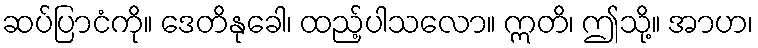
ဆပ်ပြာငံကို။ ဒေတိနုခေါ၊ ထည့်ပါသလော။ ဣတိ၊ ဤသို့။ အာဟ၊